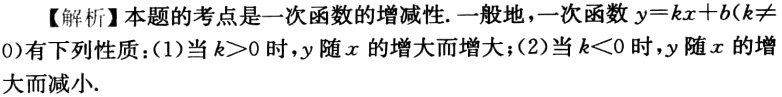
【解析】本题的考点是一次函数的增减性.一般地，一次函数\(y = kx + b(k\neq0)\)有下列性质：(1)当\(k>0\)时，\(y\)随\(x\)的增大而增大；(2)当\(k<0\)时，\(y\)随\(x\)的增大而减小.